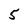
Character: 5